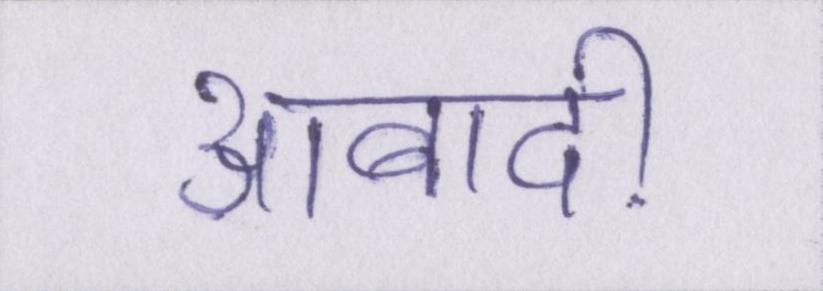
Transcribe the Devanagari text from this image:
आबादी